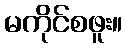
မကိုင်စဖူး။